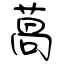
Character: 萵